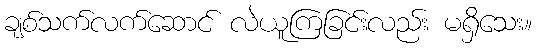
ချစ်သက်လက်ဆောင် လဲယူကြခြင်းလည်း မရှိသေး။